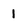
Character: 1